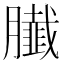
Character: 𦢙